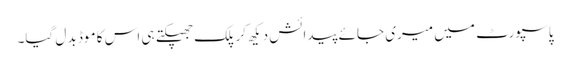
پاسپورٹ میں میری جائے پیدائش دیکھ کر پلک جھپکتے ہی اس کا موڈ بد ل گیا۔